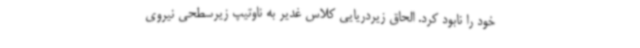
خود را نابود کرد. الحاق زیردریایی کلاس غدیر به ناوتیپ زیرسطحی نیروی